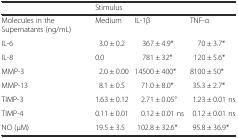
<table><thead><tr><td>[EMPTY_CELL]</td><td colspan="3"><b>Stimulus</b></td></tr></thead><tbody><tr><td>Molecules in the Supernatants (ng/mL)</td><td>Medium</td><td>IL-1β</td><td>TNF-α</td></tr><tr><td>IL-6</td><td>3.0 ± 0.2</td><td>367 ± 4.9*</td><td>70 ± 3.7*</td></tr><tr><td>IL-8</td><td>0.0</td><td>781 ± 32*</td><td>120 ± 5.6*</td></tr><tr><td>MMP-3</td><td>2.0 ± 0.00</td><td>14500 ± 400*</td><td>8100 ± 50*</td></tr><tr><td>MMP-13</td><td>8.1 ± 0.5</td><td>71.0 ± 8.0*</td><td>35.3 ± 2.7*</td></tr><tr><td>TIMP-3</td><td>1.63 ± 0.12</td><td>2.71 ± 0.05°</td><td>1.23 ± 0.01 ns</td></tr><tr><td>TIMP-4</td><td>0.11 ± 0.01</td><td>0.12 ± 0.01 ns</td><td>0.12 ± 0.01 ns</td></tr><tr><td>NO (μM)</td><td>19.5 ± 3.5</td><td>102.8 ± 32.6*</td><td>95.8 ± 36.9*</td></tr></tbody></table>